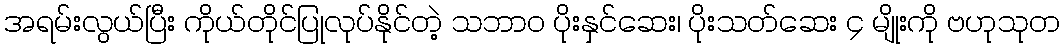
အရမ်းလွယ်ပြီး ကိုယ်တိုင်ပြုလုပ်နိုင်တဲ့ သဘာဝ ပိုးနှင်ဆေး၊ ပိုးသတ်ဆေး ၄ မျိုးကို ဗဟုသုတ